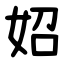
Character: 妱